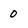
Character: 0